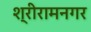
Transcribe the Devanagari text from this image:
श्रीरामनगर